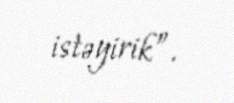
istəyirik”.